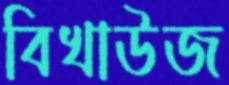
বিখাউজ